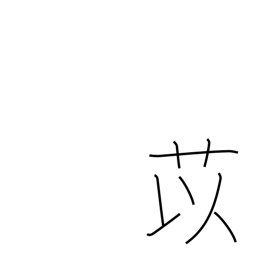
Meaning: adlay